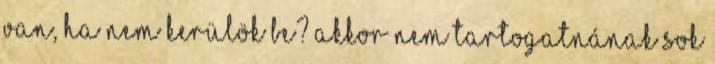
van, ha nem kerülök be? Akkor nem tartogatnának sok